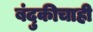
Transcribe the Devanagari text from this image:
बंदुकीचाही